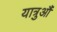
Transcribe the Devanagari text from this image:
यात्रुऔं